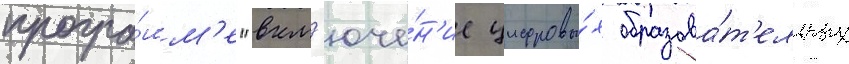
програ́мм'е "вкл'юче́н'ие цифровы́х образова́т'ельных